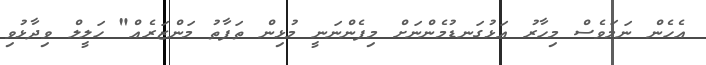
އެހެން ނަމަވެސް މިހާރު އަޅުގަނޑުމެންނަށް މިފެންނަނީ މުޅިން ތަފާތު މަންޒަރެއް" ހަލީލް ވިދާޅުވި